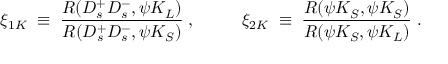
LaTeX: \xi _ { 1 K } \; \equiv \; \frac { { \cal R } ( D _ { s } ^ { + } D _ { s } ^ { - } , \psi K _ { L } ) } { { \cal R } ( D _ { s } ^ { + } D _ { s } ^ { - } , \psi K _ { S } ) } \; , ~ ~ ~ ~ ~ ~ ~ ~ \xi _ { 2 K } \; \equiv \; \frac { { \cal R } ( \psi K _ { S } , \psi K _ { S } ) } { { \cal R } ( \psi K _ { S } , \psi K _ { L } ) } \; .